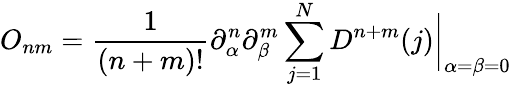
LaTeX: O_{nm}={\frac{1}{(n+m)!}}\partial_{\alpha}^{n}\partial_{\beta}^{m}\sum_{j=1}^{N}D^{n+m}(j)\biggr|_{\alpha=\beta=0}